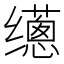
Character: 𰭁